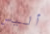
أليس